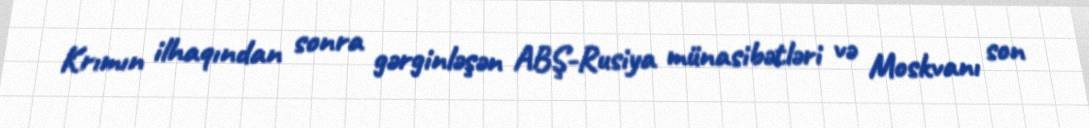
Krımın ilhaqından sonra gərginləşən ABŞ-Rusiya münasibətləri və Moskvanı son